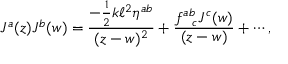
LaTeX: J ^ { a } ( z ) J ^ { b } ( w ) = \frac { - \frac { 1 } { 2 } k \ell ^ { 2 } \eta ^ { a b } } { ( z - w ) ^ { 2 } } + \frac { f _ { ~ ~ c } ^ { a b } J ^ { c } ( w ) } { ( z - w ) } + \cdots ,